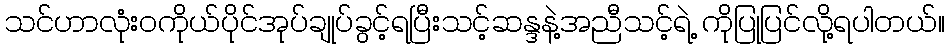
သင်ဟာလုံးဝကိုယ်ပိုင်အုပ်ချုပ်ခွင့်ရပြီးသင့်ဆန္ဒနဲ့အညီသင့်ရဲ့ ကိုပြုပြင်လို့ရပါတယ်။